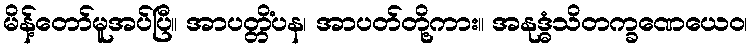
မိန့်တော်မူအပ်ပြီ။ အာပတ္တိံပန၊ အာပတ်တို့ကား။ အနုဒ္ဓံသိတက္ခဏေယေဝ၊